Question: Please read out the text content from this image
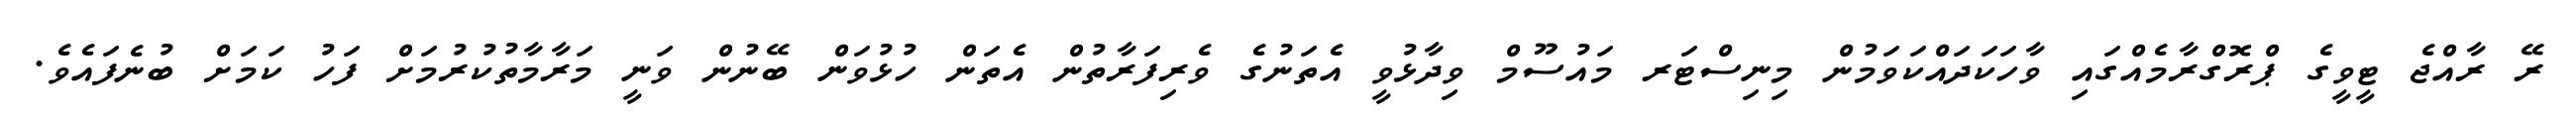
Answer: ރޭ ރާއްޖެ ޓީވީގެ ޕްރޮގްރާމެއްގައި ވާހަކަދައްކަވަމުން މިނިސްޓަރ މައުސޫމް ވިދާޅުވީ އެތަނުގެ ވެރިފަރާތުން އެތަން ހުޅުވަން ބޭނުން ވަނީ މަރާމާތުކުރުމަށް ފަހު ކަމަށް ބުނެފައެވެ.